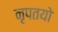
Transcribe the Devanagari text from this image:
नृपतयो